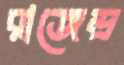
রাজেন্দ্র